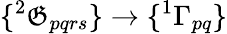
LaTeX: \{ {^{2}\mathfrak{G}_{pqrs}}\} \to\{ ^{1}\Gamma_{pq}\}